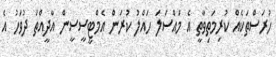
ހުރަސްތަކެއް ކުރިމަތިވާތީ އެ މައްސަލަ ހައްލު ކުރަން އެމްޓީސީސީން އާދީއްތަ ދުވަހު އެ